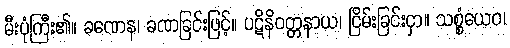
မီးပုံကြီး၏။ ခဏေန၊ ခဏခြင်းဖြင့်။ ပဋိနိဝတ္တနာယ၊ ငြိမ်းခြင်းငှာ။ သစ္စံယေဝ၊